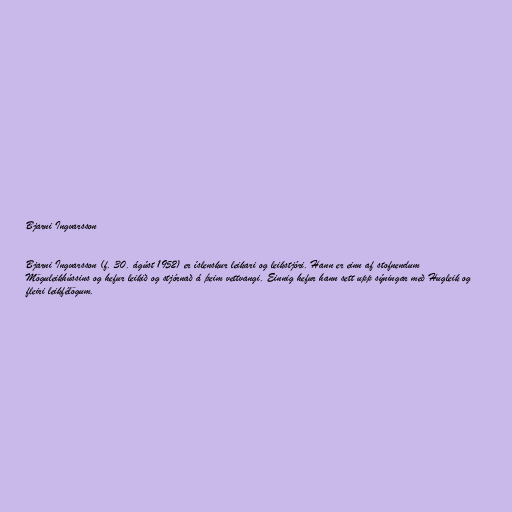
Bjarni Ingvarsson

Bjarni Ingvarsson (f. 30. ágúst 1952) er íslenskur leikari og leikstjóri. Hann er einn af stofnendum
Möguleikhússins og hefur leikið og stjórnað á þeim vettvangi. Einnig hefur hann sett upp sýningar með Hugleik og
fleiri leikfélögum.